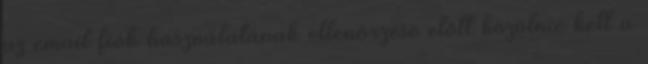
az email fiók használatának ellenőrzése előtt közölnie kell a